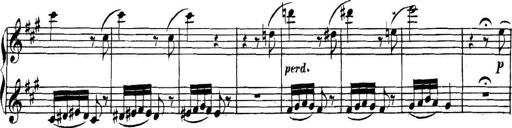
Title: Collected Piano Sonatas
Composer: Muzio Clementi